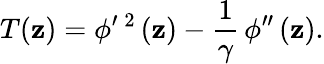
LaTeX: T(\mathbf{z})=\phi^{\prime}\, ^{2}\, (\mathbf{z})-\frac{{1}}{{\gamma}}\, \phi^{\prime\prime}\, (\mathbf{z}).